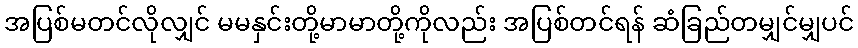
အပြစ်မတင်လိုလျှင် မမနှင်းတို့မာမာတို့ကိုလည်း အပြစ်တင်ရန် ဆံခြည်တမျှင်မျှပင်